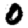
Digit: 0